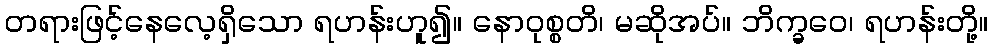
တရားဖြင့်နေလေ့ရှိသော ရဟန်းဟူ၍။ နောဝုစ္စတိ၊ မဆိုအပ်။ ဘိက္ခဝေ၊ ရဟန်းတို့။